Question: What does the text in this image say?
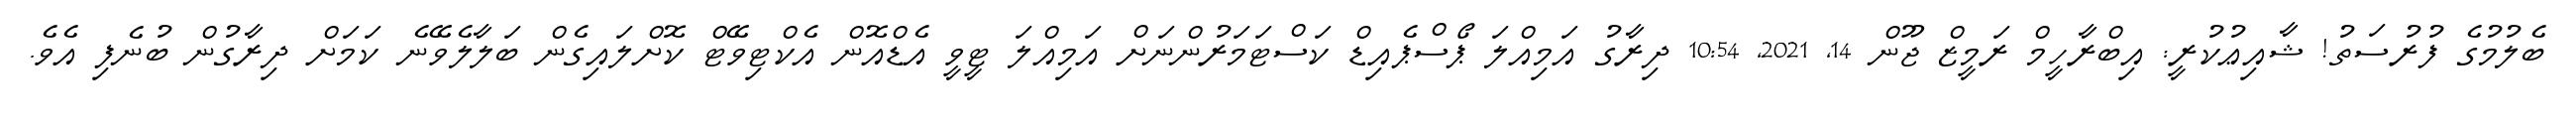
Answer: ބެލުމުގެ ފުރުސަތު! ޝާއިޢުކުރީ: އިބްރާހީމް ރަމީޒް ޖޫން 14, 2021, 10:54 ދިރާގު އަމިއްލަ ޕޯސްޕެއިޑް ކަސްޓަމަރުންނަށް އަމިއްލަ ޓީވީ އެޑްއޮން އެކްޓިވޭޓް ކޮށްލައިގެން ބަލާލެވޭނެ ކަމަށް ދިރާގުން ބުނެފި އެވެ.